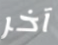
آخر